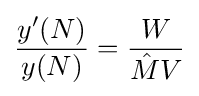
{\frac {y'(N)}{y(N)}}={\frac {W}{{\hat {M}}V}}